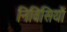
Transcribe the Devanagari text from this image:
निविसियों